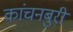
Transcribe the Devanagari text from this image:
कांचनबुरी